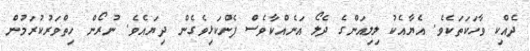
ދެއްކި ވާހަކަތަކެވެ. އެޔާއެކު ލިލިއަންގެ ދެލޯ އަނެއްކާވެސް ފެންކަޅިވެގެން ދިޔައެވެ. ނުރޯން ހިތްވަރުކުރަމުން